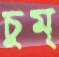
চুম্